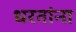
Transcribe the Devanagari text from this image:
धरतांना